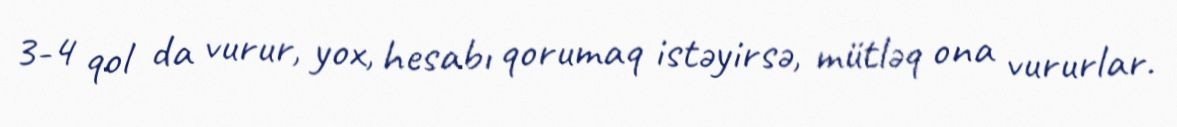
3-4 qol da vurur, yox, hesabı qorumaq istəyirsə, mütləq ona vururlar.